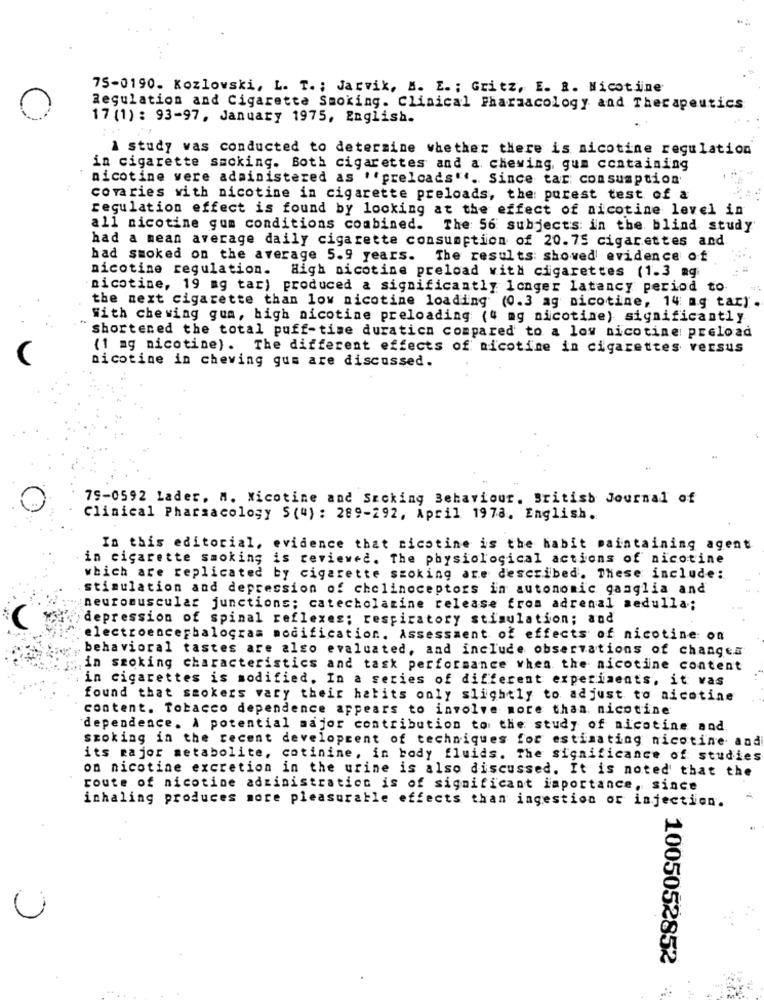
75-0190. Kozlowski, L. T. ; Jarvik, M. E .; Gritz, E. R. Nicotine
Regulation and Cigarette Smoking. Clinical Pharmacology and Therapeutics
17 (1) : 93-97, January 1975, English.
1 study was conducted to determine whether there is nicotine regulation
in cigarette smoking. Both cigarettes and a chewing gum containing
nicotine vere administered as ''preloads''. Since tar consumption
covaries with nicotine in cigarette preloads, the: purest test of a
regulation effect is found by looking at the effect of nicotine level in
all nicotine gum conditions combined.
The: 56 subjects: in the blind study
had a mean average daily cigarette consumption of 20.75 cigarettes and
had smoked on the average 5.9 years. The results shoved evidence of
nicotine regulation.
High nicotine preload with cigarettes (1.3 mg
nicotine, 19 mg tar) produced a significantly longer latancy period to
the next cigarette than low nicotine loading (0.3 ag nicotine, 14 ag tar).
With chewing gum, high nicotine preloading (4 mg nicotine) significantly
shortened the total puff-time duratica compared to a low nicotine preload
(1 mg nicotine). The different effects of nicotine in cigarettes versus
nicotine in chewing gum are discussed.
79-0592 Lader. M. Nicotine and Smoking Behaviour. British Journal of
Clinical Pharmacology 5(4) : 289-292, April 1978. English.
In this editorial, evidence that nicotine is the habit maintaining agent
in cigarette smoking is reviewed. The physiological actions of nicotine
which are replicated by cigarette szoking are described. These include:
stimulation and depression of cholineceptors in autonomic ganglia and
neuromuscular junctions; catecholazine release from adrenal medulla;
: depression of spinal reflexes; respiratory stimulation; and
electroencephalocras modification. Assessment of effects of nicotine on
behavioral tastes are also evaluated, and include observations of changes
in smoking characteristics and task performance when the nicotine content
in cigarettes is modified. In a series of different experiments, it vas
found that smokers vary their habits only slightly to adjust to nicotine
content. Tobacco dependence appears to involve more than nicotine
dependence. A potential major contribution to the study of nicotine and.
szoking in the recent development of techniques for estimating nicotine and
its major metabolite, cotinine, in body fluids. The significance of studies
on nicotine excretion in the urine is also discussed. It is noted that the
route of nicotine administration is of significant importance, since
inhaling produces more pleasurable effects than ingestion or injection.
1005052852